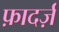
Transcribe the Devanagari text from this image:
फ़ादर्ज़